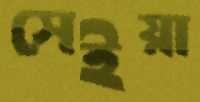
সেইয়া